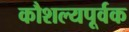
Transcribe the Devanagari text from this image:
कौशल्यपूर्वक